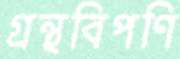
গ্রন্থবিপণি